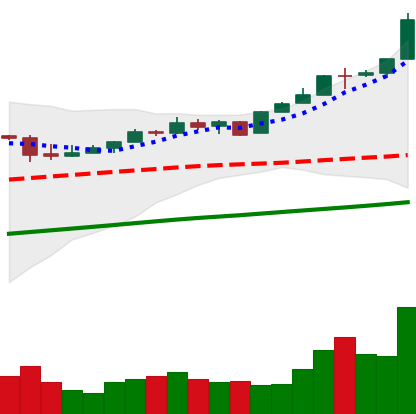
Ticker: BTC-USD
Chart end date: 2017-05-01
Forward return: 11.058%
Label: up_7plus